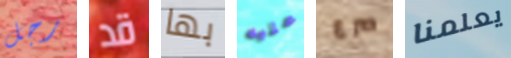
رجل قد بها عليه صرع يعلمنا